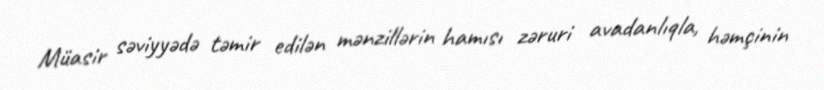
Müasir səviyyədə təmir edilən mənzillərin hamısı zəruri avadanlıqla, həmçinin